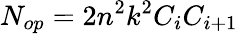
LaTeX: N_{op}=2n^{2}k^{2}C_{i}C_{i+1}